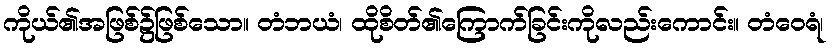
ကိုယ်၏အဖြစ်၌ဖြစ်သော။ တံဘယံ၊ ထိုစိတ်၏ကြောက်ခြင်းကိုလည်းကောင်း။ တံဝေရံ၊